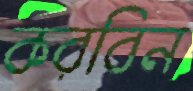
করবিন